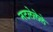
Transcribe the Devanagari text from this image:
नटलेलेले